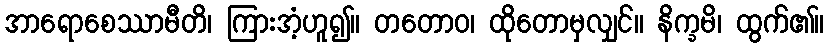
အာရောစေဿာမီတိ၊ ကြားအံ့ဟူ၍။ တတောဝ၊ ထိုတောမှလျှင်။ နိက္ခမိ၊ ထွက်၏။